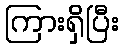
ကြားရှိပြီး